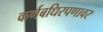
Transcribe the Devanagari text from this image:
कर्णबधिरपणावर